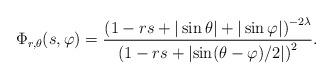
LaTeX: \begin{align*} \Phi_{r,\theta}(s,\varphi) =\frac{\left(1-rs+|\sin\theta|+|\sin\varphi|\right)^{-2\lambda}}{\left(1-rs+\left|\sin(\theta-\varphi)/2\right|\right)^{2}}.\end{align*}